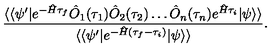
\frac { \langle \langle \psi ^ { \prime } | e ^ { - \hat { H } \tau _ { f } } \hat { O } _ { 1 } ( \tau _ { 1 } ) \hat { O } _ { 2 } ( \tau _ { 2 } ) \ldots \hat { O } _ { n } ( \tau _ { n } ) e ^ { \hat { H } \tau _ { i } } | \psi \rangle \rangle } { \langle \langle \psi ^ { \prime } | e ^ { - \hat { H } ( \tau _ { f } - \tau _ { i } ) } | \psi \rangle \rangle } .